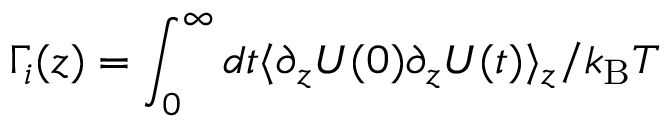
\Gamma _ { i } ( z ) = \int _ { 0 } ^ { \infty } d t \langle \partial _ { z } U ( 0 ) \partial _ { z } U ( t ) \rangle _ { z } / k _ { \mathrm { B } } T